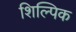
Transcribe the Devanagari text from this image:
शिल्पिक